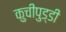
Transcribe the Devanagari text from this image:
कुचीपुड्डी